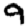
Digit: 9